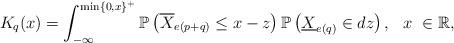
LaTeX: \begin{align*}K_{q}(x)=\int_{-\infty}^{\min\{0,x\}^+}\mathbb P\left(\overline{X}_{e(p+q)} \leq x-z\right)\mathbb P\left(\underline{X}_{e(q)} \in dz \right), \ \ x \ \in \mathbb R,\end{align*}